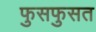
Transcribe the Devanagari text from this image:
फुसफुसत